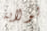
لولاية